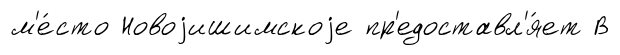
м'е́сто Новоjишимскоjе пр'едоставл'я́ет В